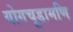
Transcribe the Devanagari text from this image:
योगचूडामणि